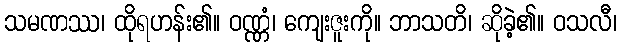
သမဏဿ၊ ထိုရဟန်း၏။ ဝဏ္ဏံ၊ ကျေးဇူးကို။ ဘာသတိ၊ ဆိုခဲ့၏။ ဝသလီ၊